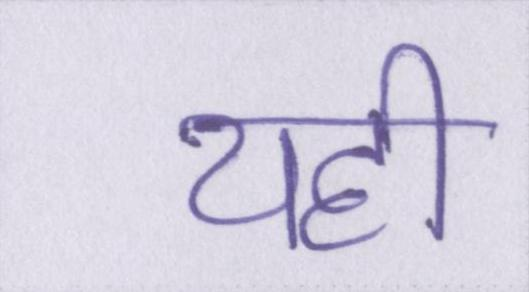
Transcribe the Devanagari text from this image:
यही